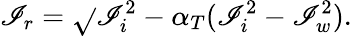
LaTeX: \mathscr{I}_{r}=\sqrt{}{{\mathscr{I}_{i}^{2}-\alpha_{T}(\mathscr{I}_{i}^{2}-\mathscr{I}_{w}^{2})}}.